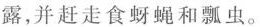
月份露，并赶走食蚜蝇和瓢虫。